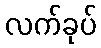
လက်ခုပ်